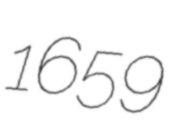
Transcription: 1659